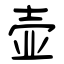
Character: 壶